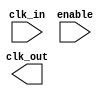
module clock_tree_buffer #(
    parameter NUM_STAGES = 3,       // Number of stages in the clock tree
    parameter NUM_BUFFERS = 4,      // Number of buffers per stage
    parameter DRIVE_STRENGTH = 2     // Drive strength of buffer cells
)(
    input wire clk_in,               // Input clock signal
    input wire enable,               // Clock gating enable signal
    output wire clk_out              // Output clock signal
);

    // Intermediate clock signals for each stage
    wire [NUM_STAGES-1:0] clk_stage [0:NUM_BUFFERS-1];

    // Clock Gating Logic
    wire gated_clk = enable ? clk_in : 1'b0;

    // Buffer Cells
    genvar i, j;
    generate
        for (i = 0; i < NUM_BUFFERS; i = i + 1) begin : buffer_stage
            if (i == 0) begin
                // First stage buffers driven by gated clock
                for (j = 0; j < NUM_STAGES; j = j + 1) begin : stage
                    if (j == 0) begin
                        // First stage
                        buf #(DRIVE_STRENGTH) buf_inst (
                            .A(gated_clk),
                            .Y(clk_stage[j][i])
                        );
                    end else begin
                        // Subsequent stages
                        buf #(DRIVE_STRENGTH) buf_inst (
                            .A(clk_stage[j-1][i]),
                            .Y(clk_stage[j][i])
                        );
                    end
                end
            end else begin
                // Subsequent buffer stages
                for (j = 0; j < NUM_STAGES; j = j + 1) begin : stage
                    if (j == 0) begin
                        // First stage
                        buf #(DRIVE_STRENGTH) buf_inst (
                            .A(clk_stage[j][i-1]),
                            .Y(clk_stage[j][i])
                        );
                    end else begin
                        // Subsequent stages
                        buf #(DRIVE_STRENGTH) buf_inst (
                            .A(clk_stage[j-1][i]),
                            .Y(clk_stage[j][i])
                        );
                    end
                end
            end
        end
    endgenerate

    // Final output clock signal
    assign clk_out = clk_stage[NUM_STAGES-1][NUM_BUFFERS-1];

endmodule